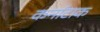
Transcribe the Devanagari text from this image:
कर्नाटाक